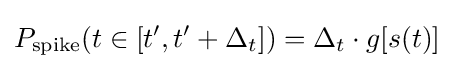
P_{\text{spike}}(t\in [t',t'+\Delta _{t}])=\Delta _{t}\cdot g[s(t)]